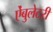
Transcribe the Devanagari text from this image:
ऐंबुलेटरी